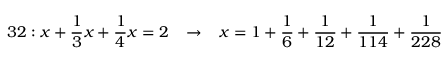
3 2 : x + { \frac { 1 } { 3 } } x + { \frac { 1 } { 4 } } x = 2 \; \; \; \rightarrow \; \; \; x = 1 + { \frac { 1 } { 6 } } + { \frac { 1 } { 1 2 } } + { \frac { 1 } { 1 1 4 } } + { \frac { 1 } { 2 2 8 } }